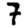
Digit: 7